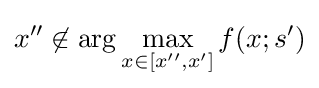
x''\not \in \arg \max _{x\in [x'',x']}f(x;s')